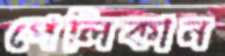
পেলিকান